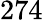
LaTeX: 274